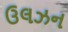
ઉલઝન